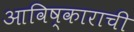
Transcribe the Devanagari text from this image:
आविष्काराची